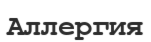
Аллергия